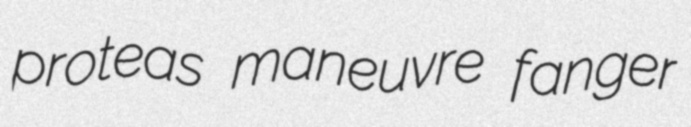
proteas maneuvre fanger